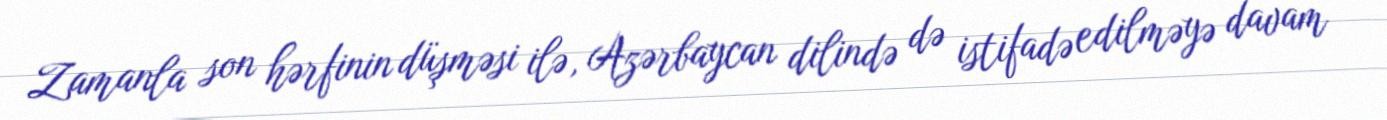
Zamanla son hərfinin düşməsi ilə, Azərbaycan dilində də istifadə edilməyə davam